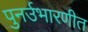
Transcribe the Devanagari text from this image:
पुनर्उभारणीत